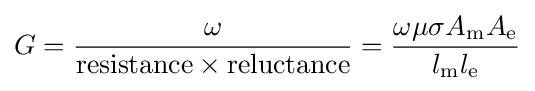
G={\frac {\omega }{{\text{resistance}}\times {\text{reluctance}}}}={\frac {\omega \mu \sigma A_{\text{m}}A_{\text{e}}}{l_{\text{m}}l_{\text{e}}}}